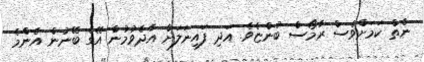
ނެތް ކަމަށްވެސް ރާމޯސް ބުންޏެވެ. އަދި ފައިނަލަށް އާދެވުމުން އޭގެ ބޭނުން އެންމެ